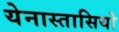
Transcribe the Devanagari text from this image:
येनास्तासियो